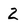
Character: 2